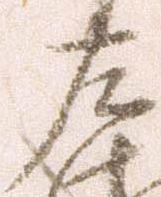
左